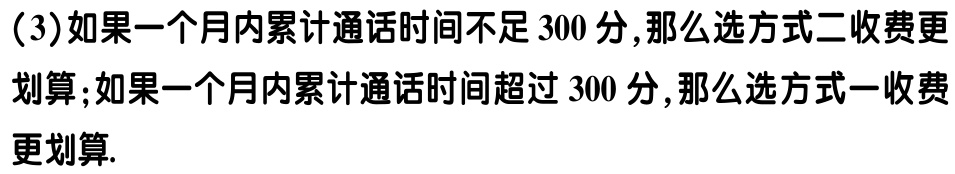
(3)如果一个月内累计通话时间不足 300 分,那么选方式二收费更划算;如果一个月内累计通话时间超过 300 分,那么选方式一收费更划算.